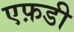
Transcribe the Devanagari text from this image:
एफ़डी